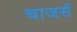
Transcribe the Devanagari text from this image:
चाजर्स